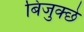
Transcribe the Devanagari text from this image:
बिजुक्छे